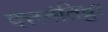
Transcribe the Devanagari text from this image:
पत्तनंतिट्टा